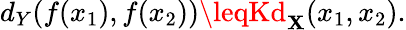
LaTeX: d_{Y}(f(x_{1}),f(x_{2}))\leqKd_{\mathbf{X}}(x_{1},x_{2}).